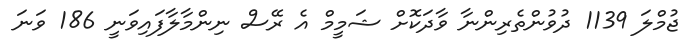
ޖުމްލަ 1139 ދުވުންތެރިންނާ ވާދަކޮށް ޝަމީމް އެ ރޭސް ނިންމާލާފައިވަނީ 186 ވަނަ